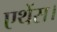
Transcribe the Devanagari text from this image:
एथेंस।